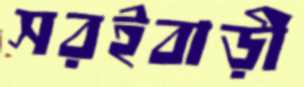
সরইবাড়ী